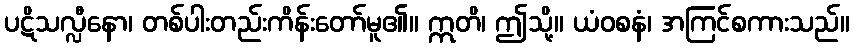
ပဋိသလ္လီနော၊ တစ်ပါးတည်းကိန်းတော်မူ၏။ ဣတိ၊ ဤသို့။ ယံဝစနံ၊ အကြင်စကားသည်။